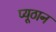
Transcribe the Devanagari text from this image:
प्यूठान